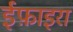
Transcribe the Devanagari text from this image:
ईफ़ाइरा